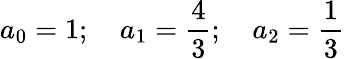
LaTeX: a_{0}=1;\quad a_{1}={\frac{4}{3}};\quad a_{2}={\frac{1}{3}}